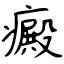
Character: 癜